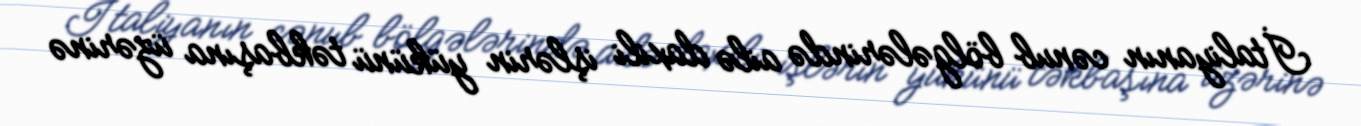
İtaliyanın cənub bölgələrində ailə daxili işlərin yükünü təkbaşına üzərinə